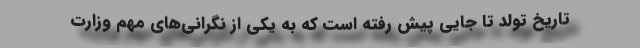
تاریخ تولد تا جایی پیش رفته است که به یکی از نگرانی‌های مهم وزارت